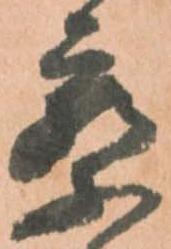
察